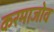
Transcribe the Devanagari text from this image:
करमाजोव